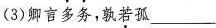
(3)卿言多务，孰若孤___